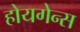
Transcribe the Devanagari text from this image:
होयगेन्स